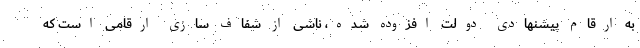
به ارقام پیشنهادی دولت افزوده شده، ناشی از شفاف سازی ارقامی است که